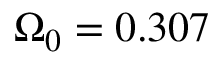
\Omega _ { 0 } = 0 . 3 0 7